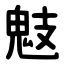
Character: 鬾